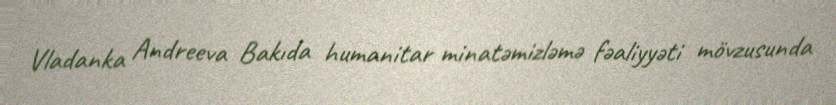
Vladanka Andreeva Bakıda humanitar minatəmizləmə fəaliyyəti mövzusunda